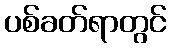
ပစ်ခတ်ရာတွင်